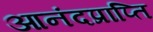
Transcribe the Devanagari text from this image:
आनंदप्राप्ति